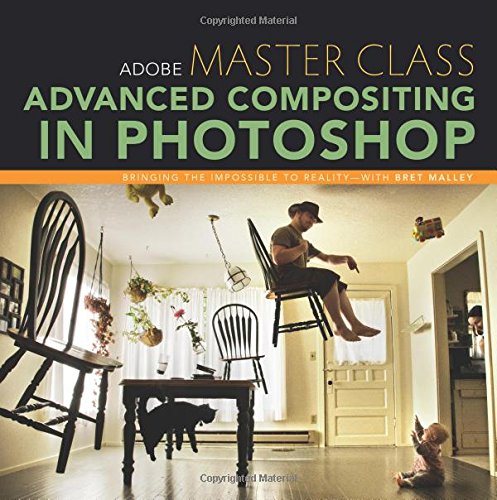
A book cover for Adobe Master Class: Advanced Compositing in Photoshop: Bringing the Impossible to Reality with Bret Malley; Bret Malley; Computers & Technology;